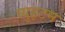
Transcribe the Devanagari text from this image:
व्युइटन